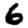
Digit: 6